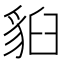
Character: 𧳈